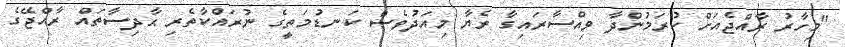
"މިހާރު ރާއްޖެއަށް ކުރަމުންދާ ވިއްސާރައިގާ ރެޔާ މިއަދުވެސް ކަނޑުމަތީގެ ނުރައްކާތެރި ޙާދިސާތައް ރާއްޖޭގެ